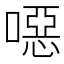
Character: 噁